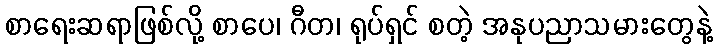
စာရေးဆရာဖြစ်လို့ စာပေ၊ ဂီတ၊ ရုပ်ရှင် စတဲ့ အနုပညာသမားတွေနဲ့